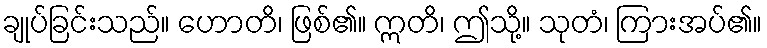
ချုပ်ခြင်းသည်။ ဟောတိ၊ ဖြစ်၏။ ဣတိ၊ ဤသို့။ သုတံ၊ ကြားအပ်၏။